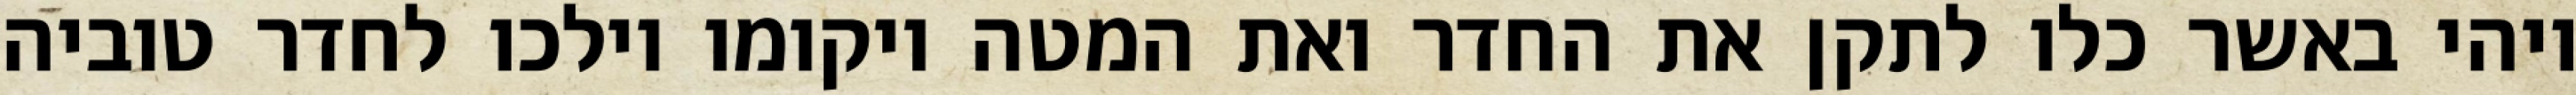
ויהי באשר כלו לתקן את החדר ואת המטה ויקומו וילכו לחדר טוביה